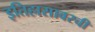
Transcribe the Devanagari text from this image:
इतिहासावरची